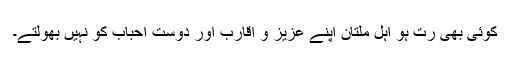
کوئی بھی رت ہو اہل ملتان اپنے عزیز و اقارب اور دوست احباب کو نہیں بھولتے۔